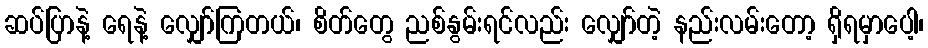
ဆပ်ပြာနဲ့ ရေနဲ့ လျှော်ကြတယ်၊ စိတ်တွေ ညစ်နွမ်းရင်လည်း လျှော်တဲ့ နည်းလမ်းတော့ ရှိရမှာပေါ့၊